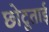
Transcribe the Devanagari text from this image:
छोटूताई